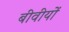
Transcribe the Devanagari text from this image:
बीवीयों